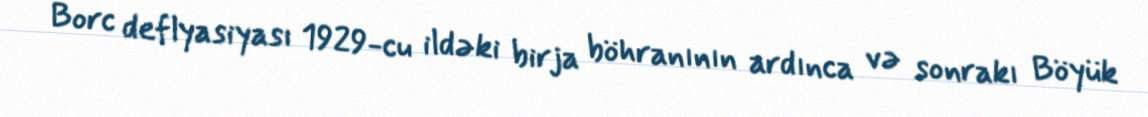
Borc deflyasiyası 1929-cu ildəki birja böhranının ardınca və sonrakı Böyük